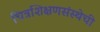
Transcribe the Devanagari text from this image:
चित्रशिक्षणसंस्थेची